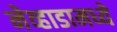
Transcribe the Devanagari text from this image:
नेव्हाडामध्ये